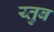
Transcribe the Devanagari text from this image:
य्तुब